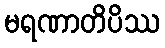
မရဏာတိပိဿ